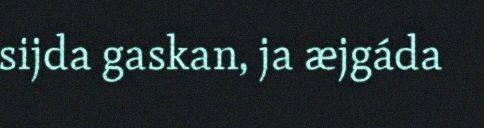
sijda gaskan, ja æjgáda